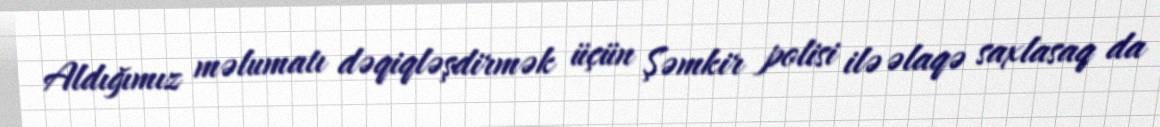
Aldığımız məlumatı dəqiqləşdirmək üçün Şəmkir polisi ilə əlaqə saxlasaq da